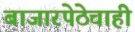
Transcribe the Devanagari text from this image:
बाजारपेठेचाही